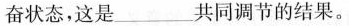
奋状态，这是___共同调节的结果。